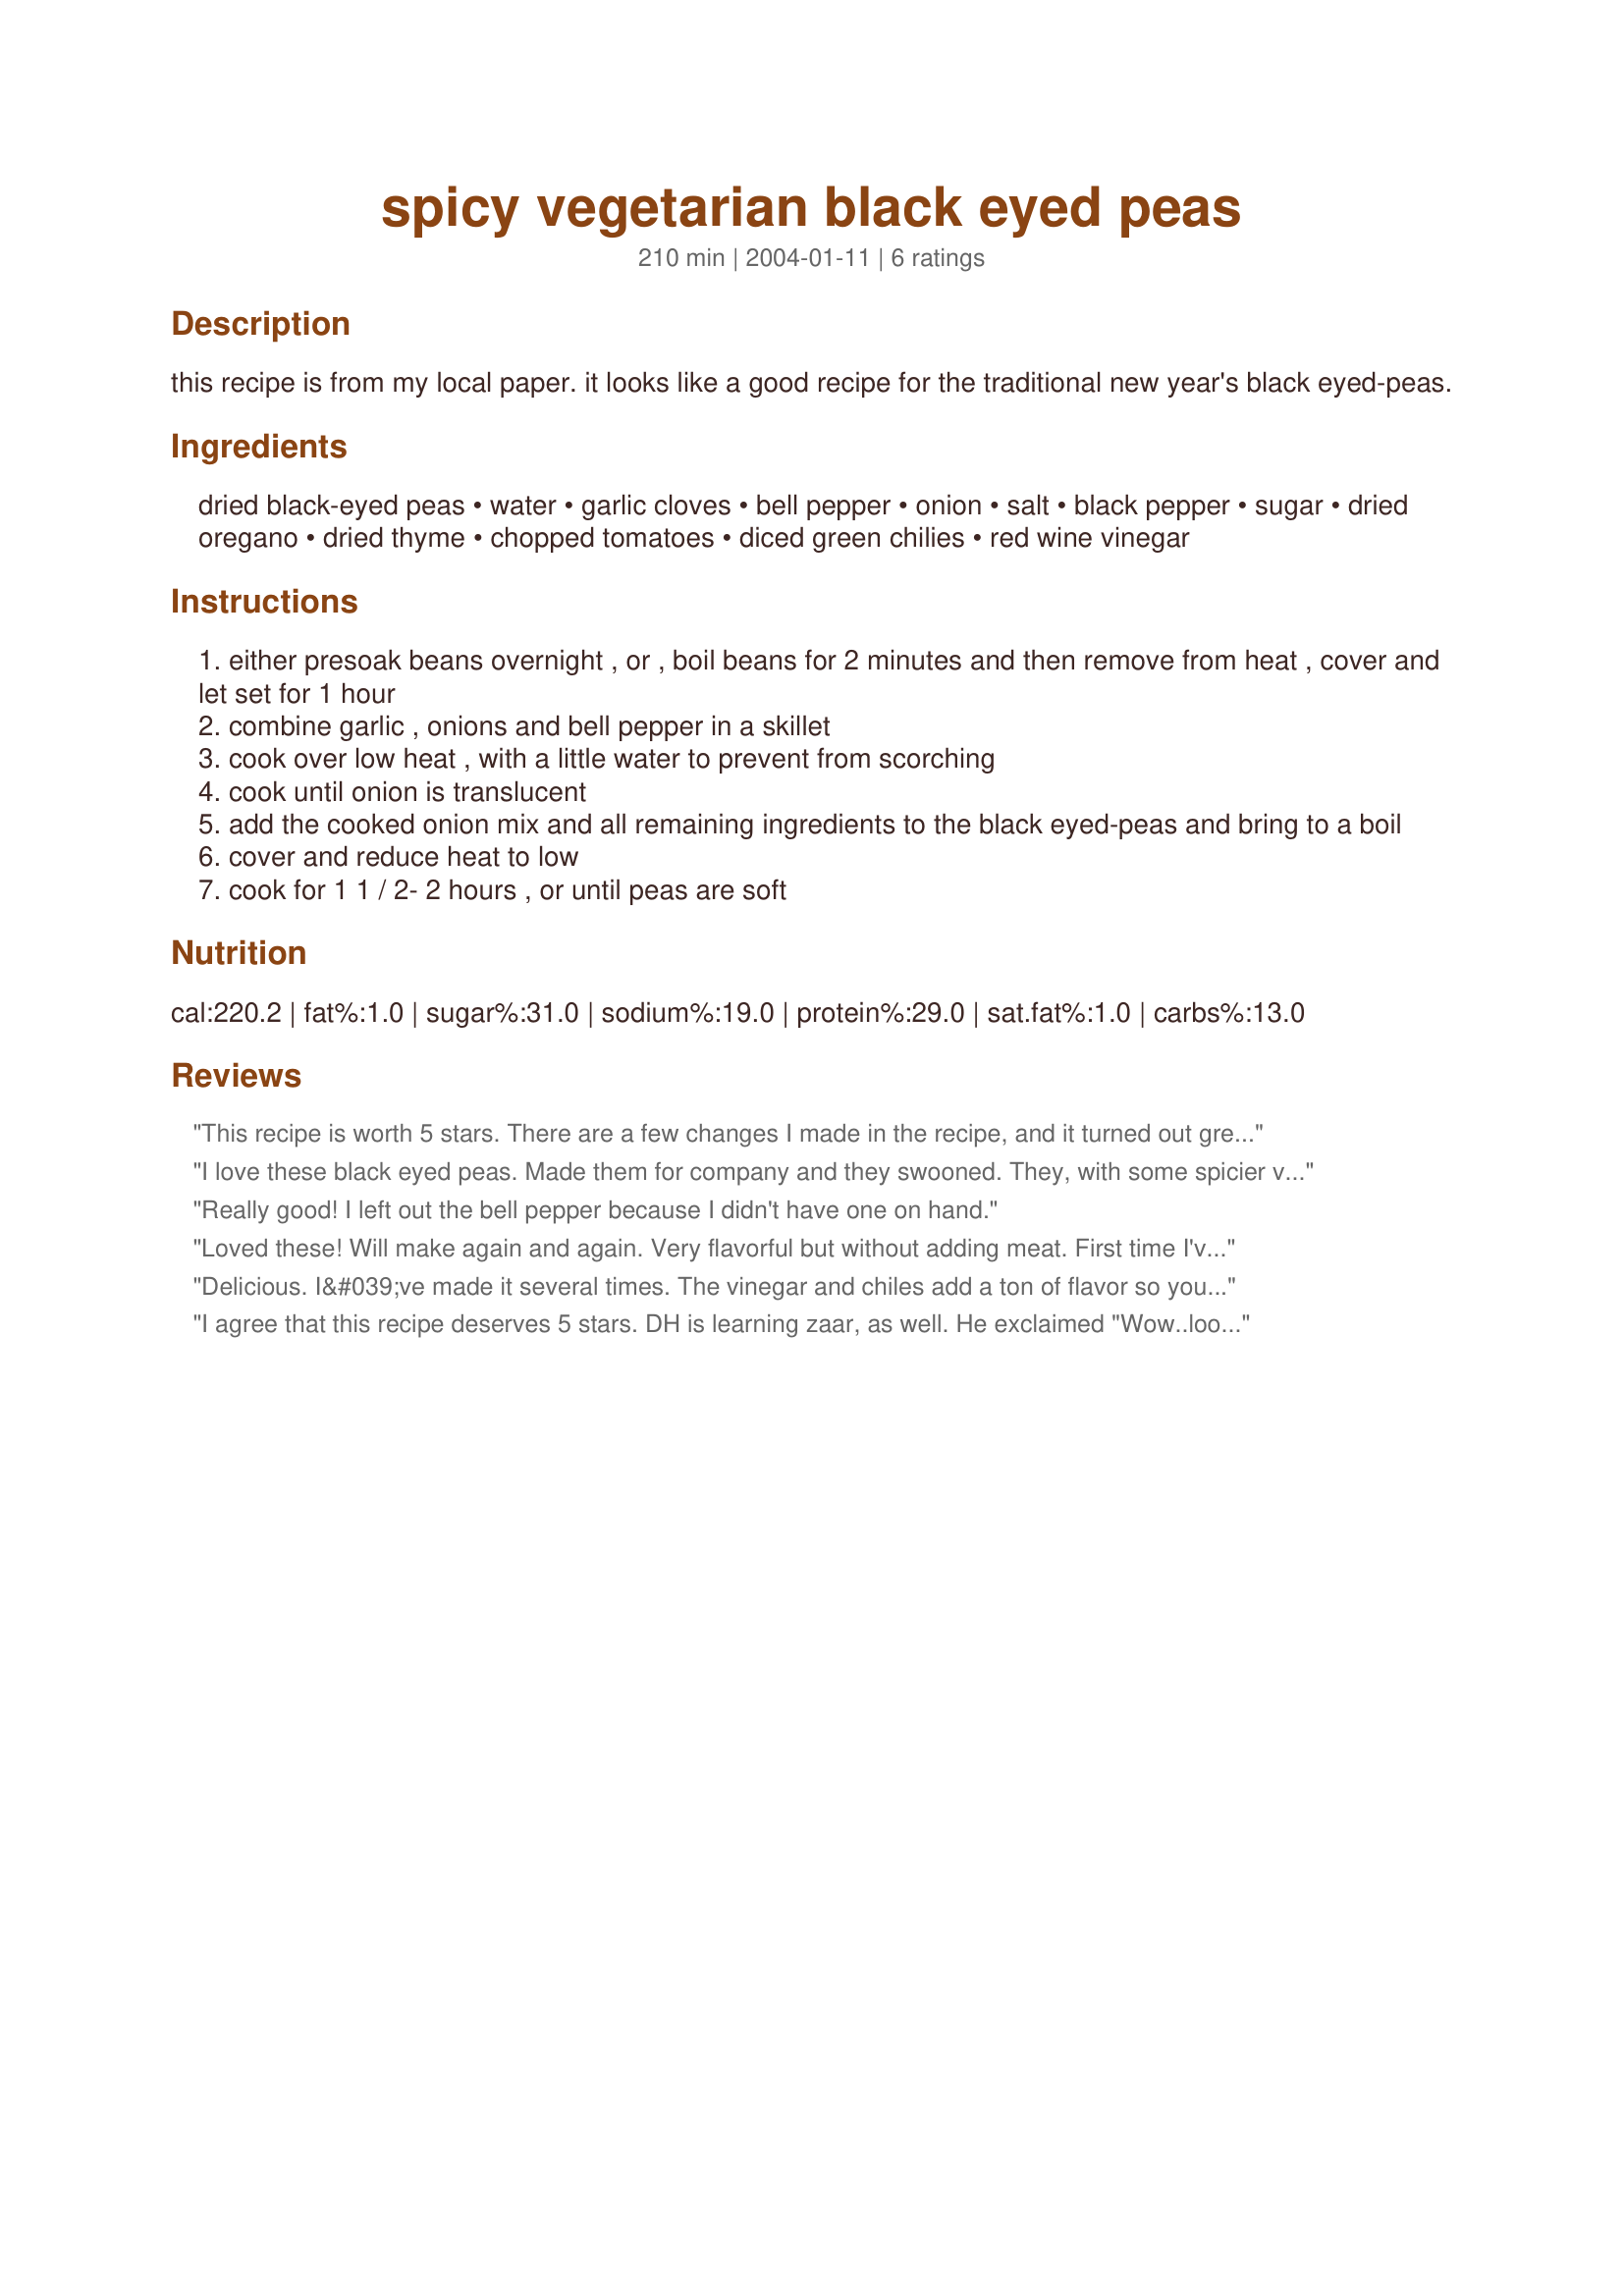
spicy vegetarian black eyed peas
Preparation time: 210 minutes

this recipe is from my local paper. it looks like a good recipe for the traditional new year's black eyed-peas.

Ingredients:
dried black-eyed peas, water, garlic cloves, bell pepper, onion, salt, black pepper, sugar, dried oregano, dried thyme, chopped tomatoes, diced green chilies, red wine vinegar

Steps:
either presoak beans overnight , or , boil beans for 2 minutes and then remove from heat , cover and let set for 1 hour
combine garlic , onions and bell pepper in a skillet
cook over low heat , with a little water to prevent from scorching
cook until onion is translucent
add the cooked onion mix and all remaining ingredients to the black eyed-peas and bring to a boil
cover and reduce heat to low
cook for 1 1 / 2- 2 hours , or until peas are soft

Reviews:
This recipe is worth 5 stars. There are a few changes I made in the recipe, and it turned out great. First, Boil peas for 3 minutes. Know need to let sit for 1 hour. Drain peas and cook according to the directions. Adjust cooking time to 3/4 to 1 hour. This recipe is not spicy. So, I added tabasco sauce on top of my serving. It was very good and spicy. Would recommend this recipe to anyone. Thanks, Jckamen for a deliciuos recipe.
I love these black eyed peas. Made them for company and they swooned. They, with some spicier variations including Jalapeno peppers rather than green chilies, are my current favorite. I also use balsamic vinegar rather than the sugar plus red wine. Great recipe!!!
Really good! I left out the bell pepper because I didn't have one on hand.
Loved these! Will make again and again. Very flavorful but without adding meat. First time I've had black-eyed peas without ham or pork added and really enjoyed them. Thanks for sharing this excellent recipe.
Delicious. I&#039;ve made it several times. The vinegar and chiles add a ton of flavor so you don&#039;t miss the meat at all.
I agree that this recipe deserves 5 stars. DH is learning zaar, as well. He exclaimed "Wow..look at the beautiful color-combination of this dish"...then we ate it and it was as good as it looked. Only thing is, the directions calls for onion, but doesn`t show it in the ingredients...i added 1 whole onion, because we love onions. I agree with Diane S, it was not spicy, and we do like spicy food. However I made it exactly as the recipe states..delicious! This was the very first time I had ever fixed or tasted black eyed peas...but it won`t be the last. This recipe is a keeper in my book!! Thanks, Jckamen, for sharing this with us!
